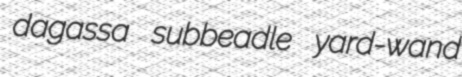
dagassa subbeadle yard-wand